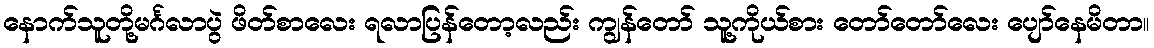
နောက်သူတို့မင်္ဂလာပွဲ ဖိတ်စာလေး ရလာပြန်တော့လည်း ကျွန်တော် သူ့ကိုယ်စား တော်တော်လေး ပျော်နေမိတာ။